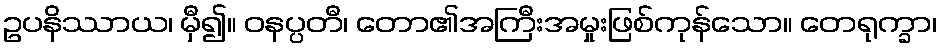
ဥပနိဿာယ၊ မှီ၍။ ဝနပ္ပတီ၊ တော၏အကြီးအမှုးဖြစ်ကုန်သော။ တေရုက္ခာ၊